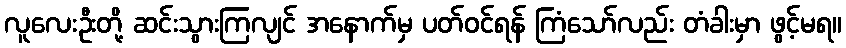
လူလေးဦးတို့ ဆင်းသွားကြလျင် အနောက်မှ ပတ်ဝင်ရန် ကြံသော်လည်း တံခါးမှာ ဖွင့်မရ။